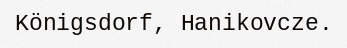
Königsdorf, Hanikovcze.